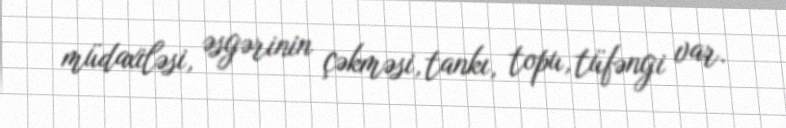
müdaxiləsi, əsgərinin çəkməsi, tankı, topu, tüfəngi var.